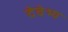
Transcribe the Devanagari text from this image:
देवेभ्य